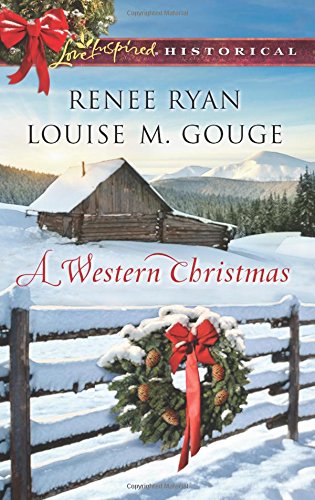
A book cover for A Western Christmas: Yuletide Lawman\Yuletide Reunion (Love Inspired Historical); Renee Ryan; Romance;